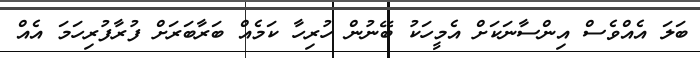
ބަލަ އެއްވެސް އިންސާނަކަށް އެމީހަކު ބޭނުން ހުރިހާ ކަމެއް ބަރާބަރަށް ފުރާފުރިހަމަ އެއް